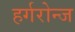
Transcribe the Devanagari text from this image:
हर्गरोन्ज